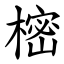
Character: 樒